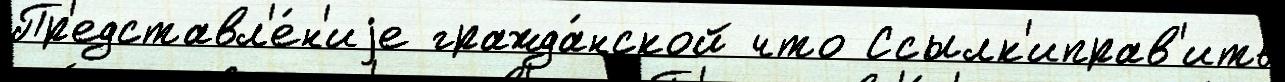
Пр'едставл'е́н'иjе гражда́нской что Ссылк'иправ'ить